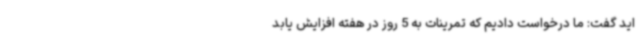
اید گفت: ما درخواست دادیم که تمرینات به 5 روز در هفته افزایش یابد